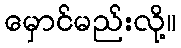
မှောင်မည်းလို့။